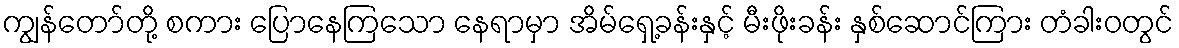
ကျွန်တော်တို့ စကား ပြောနေကြသော နေရာမှာ အိမ်ရှေ့ခန်းနှင့် မီးဖိုးခန်း နှစ်ဆောင်ကြား တံခါးဝတွင်